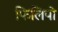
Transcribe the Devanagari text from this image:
फिलिपो